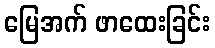
မြေအက် ဖာထေးခြင်း